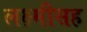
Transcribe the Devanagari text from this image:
लक्ष्मीसह